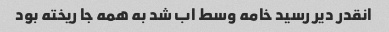
انقدر دیر رسید خامه وسط اب شد به همه جا ریخته بود